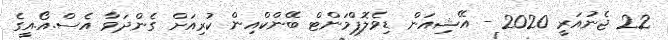
22 ޖެނުއަރީ 2020 - އޭޝިއަން ޑިވެލޮޕްމަންޓް ބޭންކްއިން ކުރިއަށް ގެންދަވާ އެސް.އޯ.އީގެ